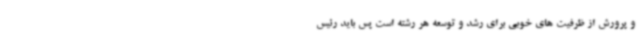
و پرورش از ظرفیت های خوبی برای رشد و توسعه هر رشته است پس باید رئیس